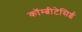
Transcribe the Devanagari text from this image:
कॉम्ब्रीटेसिई